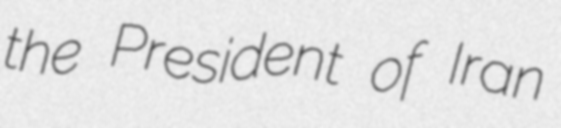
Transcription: the President of Iran